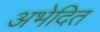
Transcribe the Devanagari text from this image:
अभेदित